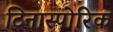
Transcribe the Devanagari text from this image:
टिनास्पोरिक